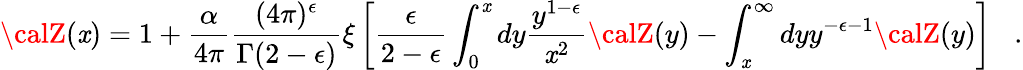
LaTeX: {\calZ}(\mathit{x})=1+\frac{{\alpha}}{{4\pi}}\frac{{(4\pi)^{\epsilon}}}{{\Gamma(2-\epsilon)}}\xi\left[{\frac{{\epsilon}}{{2-\epsilon}}}\int_{0}^{\mathit{x}}dy{\frac{{y^{1-\epsilon}}}{{\mathit{x}^{2}}}}{\calZ}(y)-\int_{\mathit{x}}^{\infty}dyy^{-\epsilon-1}{\calZ}(y)\right]\; \; \; .